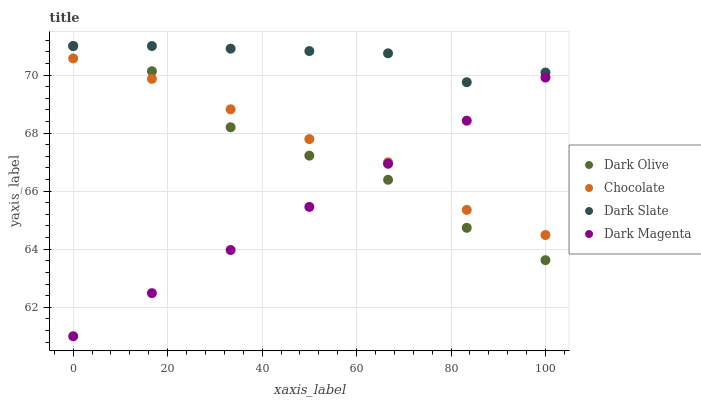
| xaxis_label | Dark Olive | Chocolate | Dark Slate | Dark Magenta |
 | --- | --- | --- | --- | --- |
 | 0 | 71 | 70.6 | 71 | 61 |
 | 16.7 | 70.1 | 69.9 | 71 | 62.5 |
 | 33.3 | 68.2 | 68.8 | 70.9 | 64 |
 | 50 | 67.2 | 67.8 | 70.8 | 65.5 |
 | 66.7 | 66.4 | 67 | 70.7 | 66.9 |
 | 83.3 | 64.7 | 65.4 | 69.8 | 68.4 |
 | 100 | 63.6 | 64.5 | 70.1 | 69.9 |